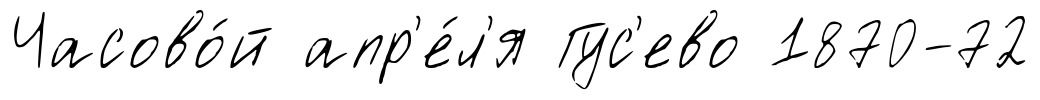
Часово́й апр'е́л'я Гус'ево 1870-72